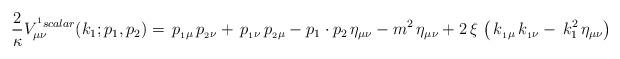
LaTeX: \begin{align*}\displaystyle{\frac {2}{\kappa}} V^{^1{scalar}}_{\mu\nu}(k_1;p_1,p_2)=\,p_{_1\mu }\,p_{_2\nu } + \,p_{_1\nu }\,p_{_2\mu } - p_1 \cdot p_2\,\eta_{\mu \nu } - {m^2}\,\eta_{\mu \nu } +2\, \xi \,\left( \,k_{_1\mu }\,k_{_1\nu } - \,k_1^{2}\,\eta_{\mu \nu } \right)\end{align*}